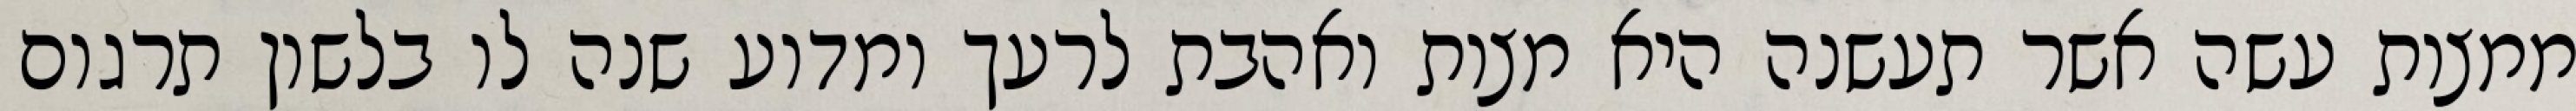
ממצות עשה אשר תעשנה היא מצות ואהבת לרעך ומדוע שנה לו בלשון תרגום